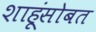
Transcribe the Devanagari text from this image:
शाहूंसोबत